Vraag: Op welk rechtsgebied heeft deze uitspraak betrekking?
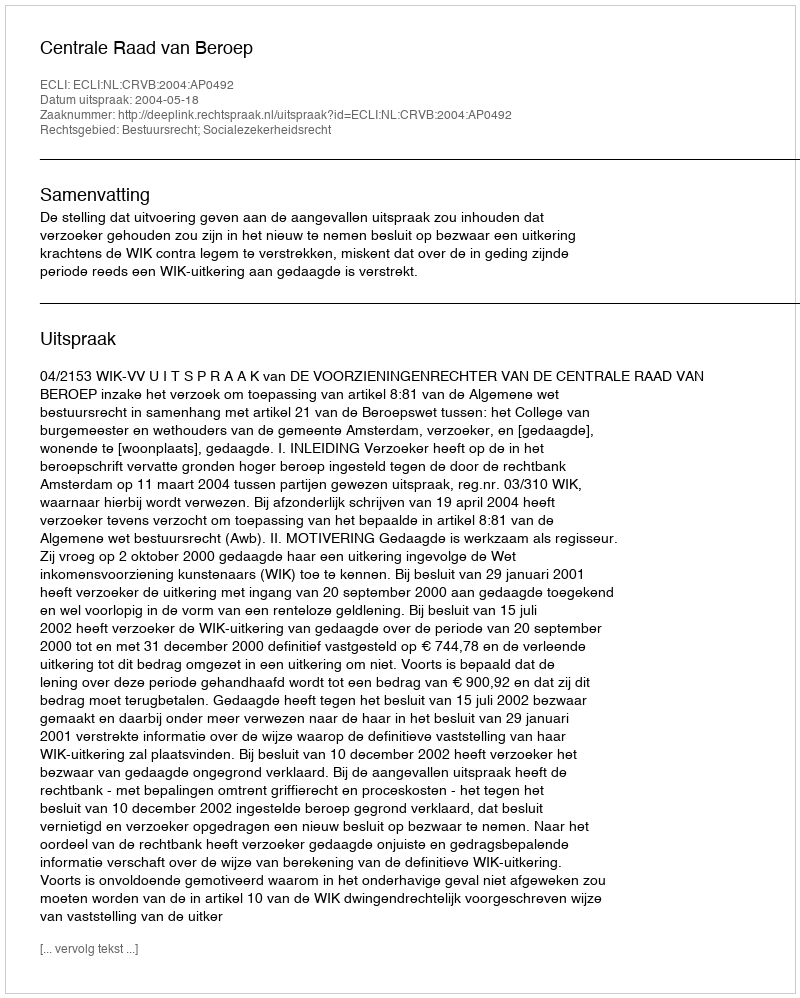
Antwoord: Bestuursrecht; Socialezekerheidsrecht